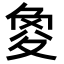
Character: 𡕫